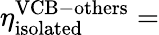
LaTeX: \eta_{\mathrm{isolated}}^{\mathrm{VCB-others}}=